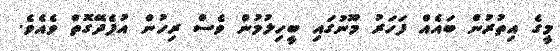
މީގެ އިތުރުން ބައެއް ފަހަރު މޫނުގައި ބީހިލުމުން ވެސް ރިހުން އުފެދޭގޮތް ވެއެވެ.